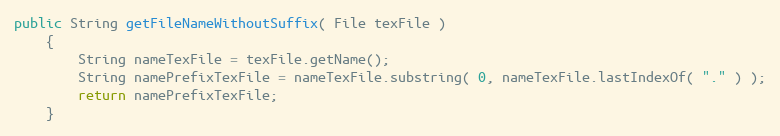
Language: Java
public String getFileNameWithoutSuffix( File texFile )
    {
        String nameTexFile = texFile.getName();
        String namePrefixTexFile = nameTexFile.substring( 0, nameTexFile.lastIndexOf( "." ) );
        return namePrefixTexFile;
    }